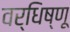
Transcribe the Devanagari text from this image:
वर्धिष्णू